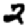
Digit: 2